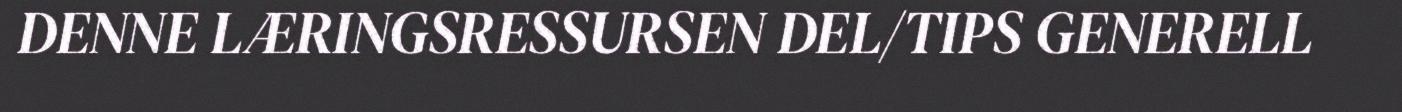
DENNE LÆRINGSRESSURSEN DEL/TIPS GENERELL